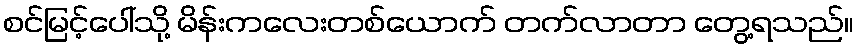
စင်မြင့်ပေါ်သို့ မိန်းကလေးတစ်ယောက် တက်လာတာ တွေ့ရသည်။